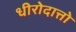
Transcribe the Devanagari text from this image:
धीरोदात्तो